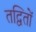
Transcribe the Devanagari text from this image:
तद्वितों